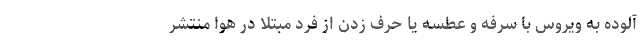
آلوده به ویروس با سرفه و عطسه یا حرف زدن از فرد مبتلا در هوا منتشر